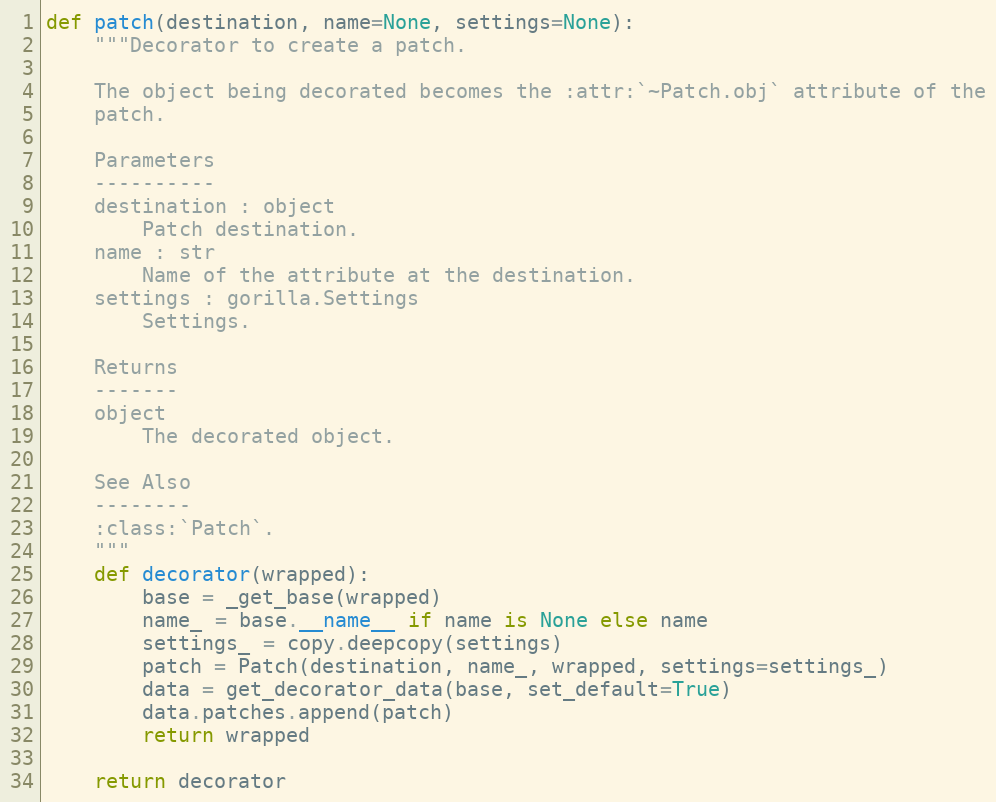
Language: Python
def patch(destination, name=None, settings=None):
    """Decorator to create a patch.

    The object being decorated becomes the :attr:`~Patch.obj` attribute of the
    patch.

    Parameters
    ----------
    destination : object
        Patch destination.
    name : str
        Name of the attribute at the destination.
    settings : gorilla.Settings
        Settings.

    Returns
    -------
    object
        The decorated object.

    See Also
    --------
    :class:`Patch`.
    """
    def decorator(wrapped):
        base = _get_base(wrapped)
        name_ = base.__name__ if name is None else name
        settings_ = copy.deepcopy(settings)
        patch = Patch(destination, name_, wrapped, settings=settings_)
        data = get_decorator_data(base, set_default=True)
        data.patches.append(patch)
        return wrapped

    return decorator